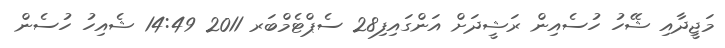
މަޖީދާއި ޝޭހު ހުސެއިން ރަޝީދަށް އަންގައިފި28 ސެޕްޓެމްބަރ 2011 14:49 ޝެއިހު ހުސެން